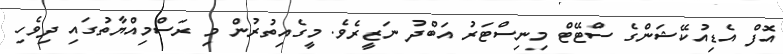
އޮފް އެޑިއުކޭޝަންގެ ސްޓޭޓް މިނިސްޓަރު އަބްދު ނަޒީރެވެ. މީގެއިތުރުން މި ރަސްމިއްޔާތުގައި ދިވެހި